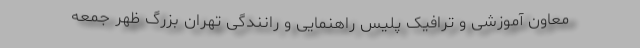
معاون آموزشی و ترافیک پلیس راهنمایی و رانندگی تهران بزرگ ظهر جمعه